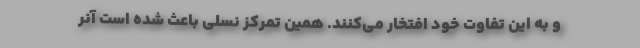
و به این تفاوت خود افتخار می‌کنند. همین تمرکز نسلی باعث شده است آنر